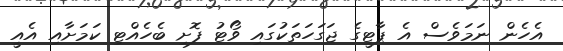
އެހެން ނަމަވެސް އެ ޕާޓީގެ ޖަގަހަތަކުގައި ވޯޓު ފޮށި ބެހެއްޓި ކަމަށާއި އެއީ